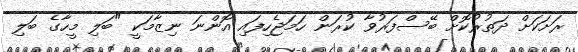
ރަށަކަށް ދަތުރުކޮށް ބޭސްފަރުވާ ކުރަން ހަމަޖެހިފައި އޮންނަ ނިޒާމަކީ "ބަލި މީހާގެ ބަލި